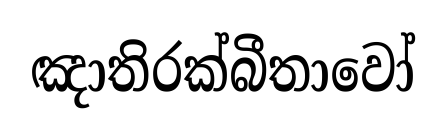
ඤාතිරක්බීතාවෝ